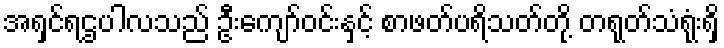
အရှင်ရဌပါလသည် ဦးကျော်ဝင်းနှင့် စာဖတ်ပရိသတ်တို့ တရုတ်သံရုံးရှိ